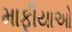
માફીયાઓ